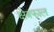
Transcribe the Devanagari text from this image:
क्षेत्रफाल